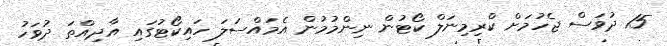
15 ދުވަސް ޖެހުމަށް ކްރިމިނަލް ކޯޓުން ނިންމުމުން އެމައްސަލަ ހައިކޯޓުގައި އާދިއްތަ ދުވަހު